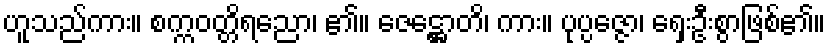
ဟူသည်ကား။ စက္ကဝတ္တိရညော၊ ၏။ ဇေဋ္ဌောတိ၊ ကား။ ပုပ္ပဇ္ဇော၊ ရှေးဦးစွာဖြစ်၏။